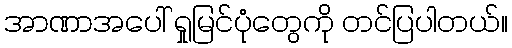
အာဏာအပေါ် ရှုမြင်ပုံတွေကို တင်ပြပါတယ်။